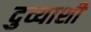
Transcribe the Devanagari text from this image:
दुव्याशी